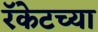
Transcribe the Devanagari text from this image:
रॅकेटच्या